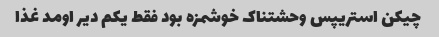
چیکن استریپس وحشتناک خوشمزه بود فقط یکم دیر اومد غذا